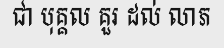
ជា បុគ្គល គួរ ដល់ លាភ